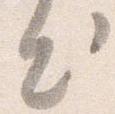
出